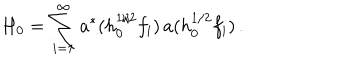
LaTeX: H _ { 0 } = \sum _ { i = 1 } ^ { \infty } a ^ { * } ( h _ { 0 } ^ { 1 / 2 } f _ { i } ) \, a ( h _ { 0 } ^ { 1 / 2 } f _ { i } ) \, .